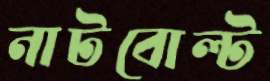
নাটবোল্ট